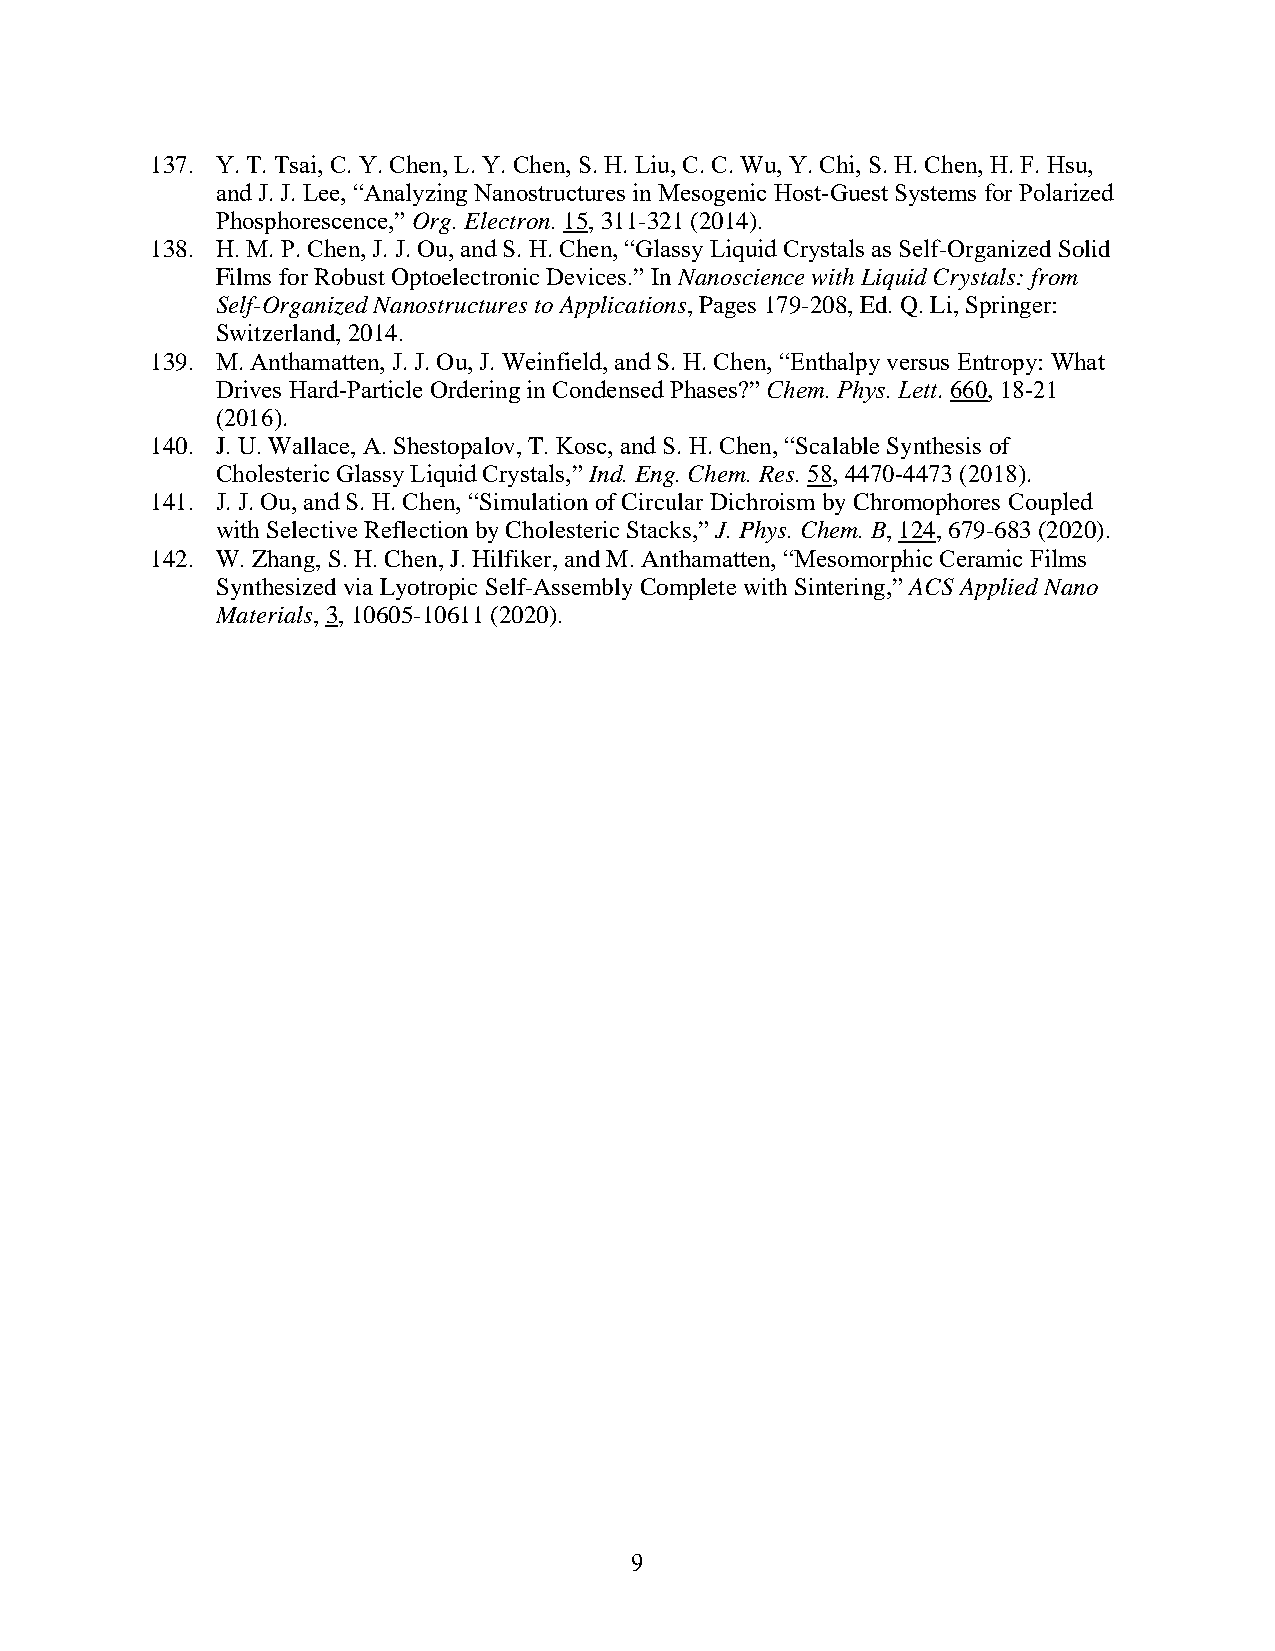
137. Y. T. Tsai, C. Y. Chen, L. Y. Chen, S. H. Liu, C. C. Wu, Y. Chi, S. H. Chen, H. F. Hsu,
 and J. J. Lee, “Analyzing Nanostructures in Mesogenic Host-Guest Systems for Polarized
 Phosphorescence,” Org. Electron. 15, 311-321 (2014).
 138. H. M. P. Chen, J. J. Ou, and S. H. Chen, “Glassy Liquid Crystals as Self-Organized Solid
 Films for Robust Optoelectronic Devices.” In Nanoscience with Liquid Crystals: from
 Self-Organized Nanostructures to Applications, Pages 179-208, Ed. Q. Li, Springer:
 Switzerland, 2014.
 139. M. Anthamatten, J. J. Ou, J. Weinfield, and S. H. Chen, “Enthalpy versus Entropy: What
 Drives Hard-Particle Ordering in Condensed Phases?” Chem. Phys. Lett. 660, 18-21
 (2016).
 140. J. U. Wallace, A. Shestopalov, T. Kosc, and S. H. Chen, “Scalable Synthesis of
 Cholesteric Glassy Liquid Crystals,” Ind. Eng. Chem. Res. 58, 4470-4473 (2018).
 141. J. J. Ou, and S. H. Chen, “Simulation of Circular Dichroism by Chromophores Coupled
 with Selective Reflection by Cholesteric Stacks,” J. Phys. Chem. B, 124, 679-683 (2020).
 142. W. Zhang, S. H. Chen, J. Hilfiker, and M. Anthamatten, “Mesomorphic Ceramic Films
 Synthesized via Lyotropic Self-Assembly Complete with Sintering,” ACS Applied Nano
 Materials, 3, 10605-10611 (2020).
 9